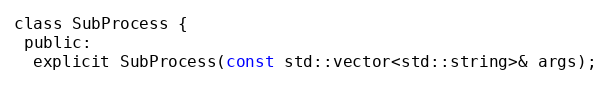
Language: C
class SubProcess {
 public:
  explicit SubProcess(const std::vector<std::string>& args);